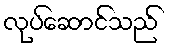
လုပ်ဆောင်သည်